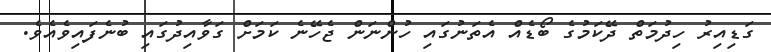
ގަޑިއިރު ހިދުމަތް ދޭކަމުގެ ބޯޑެއް އެތަނުގައި ހުންނަން ޖެހޭނެ ކަމަށް ގަވާއިދުގައި ބުނެފައިވެއެވެ.